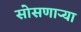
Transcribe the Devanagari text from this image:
सोसणाऱ्या